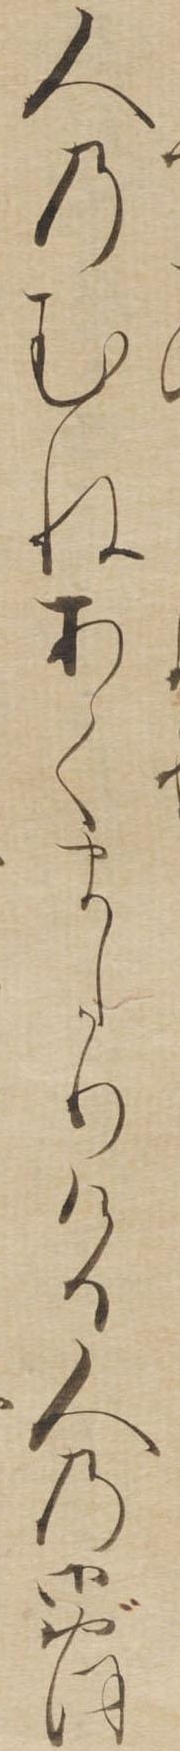
人のむねあくましかりける人の御おほ